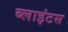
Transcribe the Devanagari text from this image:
ब्लाइंटस